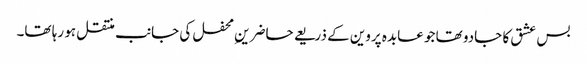
بس عشق کا جادو تھا جو عابدہ پروین کے ذریعے حاضرینِ محفل کی جانب منتقل ہو رہا تھا۔